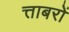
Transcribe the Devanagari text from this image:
त्ताबरों